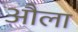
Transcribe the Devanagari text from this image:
औला